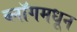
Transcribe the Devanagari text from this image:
ब्लॉगमधून